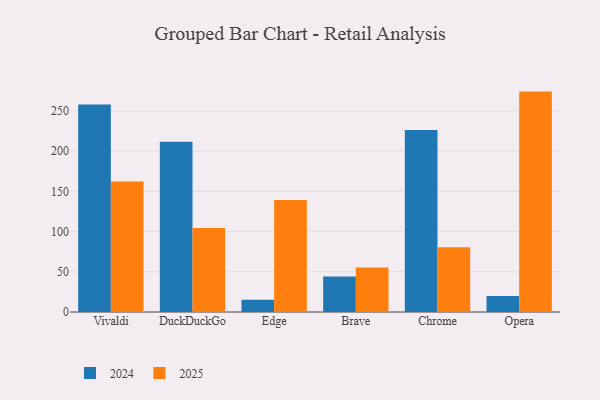
{"axis": {"x": "Browser", "y": "Revenue (USD Million)"}, "legend": ["2024", "2025"], "data": [{"x": "Vivaldi", "y": 162.2, "type": "2025"}, {"x": "Vivaldi", "y": 257.9, "type": "2024"}, {"x": "DuckDuckGo", "y": 104.5, "type": "2025"}, {"x": "DuckDuckGo", "y": 211.8, "type": "2024"}, {"x": "Edge", "y": 139.1, "type": "2025"}, {"x": "Edge", "y": 15.1, "type": "2024"}, {"x": "Brave", "y": 55.2, "type": "2025"}, {"x": "Brave", "y": 44.0, "type": "2024"}, {"x": "Chrome", "y": 80.6, "type": "2025"}, {"x": "Chrome", "y": 226.4, "type": "2024"}, {"x": "Opera", "y": 274.0, "type": "2025"}, {"x": "Opera", "y": 20.0, "type": "2024"}]}